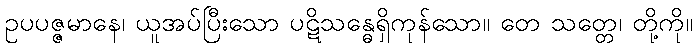
ဥပပဇ္ဇမာနေ၊ ယူအပ်ပြီးသော ပဋိသန္ဓေရှိကုန်သော။ တေ သတ္တေ၊ တို့ကို။